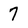
Character: 7